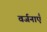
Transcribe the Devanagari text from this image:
वर्जनाएँ